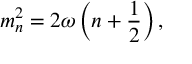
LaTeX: m _ { n } ^ { 2 } = 2 \omega \left( n + \frac { 1 } { 2 } \right) ,